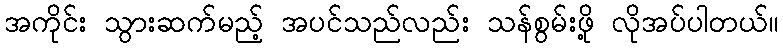
အကိုင်း သွားဆက်မည့် အပင်သည်လည်း သန်စွမ်းဖို့ လိုအပ်ပါတယ်။